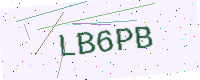
Text: LB6PB